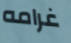
غرامه